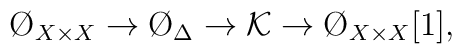
\O_{X \times X} \to \O_\Delta \to {\cal K} \to \O_{X \times X} [1],